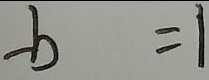
- b = 1